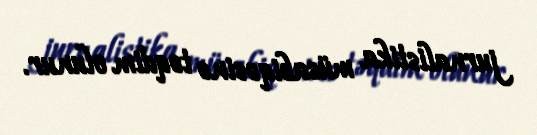
jurnalistika müsabiqəsinə təqdim olunur.